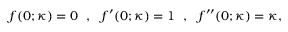
f ( 0 ; \kappa ) = 0 ~ ~ , ~ ~ f ^ { \prime } ( 0 ; \kappa ) = 1 ~ ~ , ~ ~ f ^ { \prime \prime } ( 0 ; \kappa ) = \kappa ,